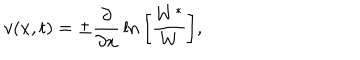
v ( x , t ) = \pm { \frac { \partial } { \partial x } } \ln \bigg [ { \frac { W ^ { * } } { W } } \bigg ] ,